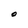
Character: O